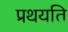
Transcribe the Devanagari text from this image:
प्रथयति